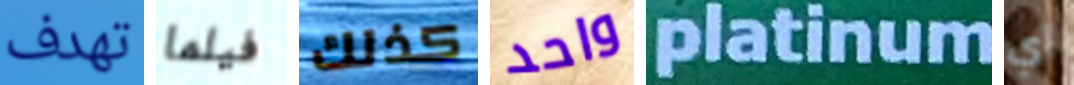
تهدف فيلما كذلك واحد platinum أي